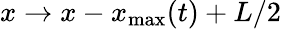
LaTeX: x\to x-x_{\operatorname*{max}}(t)+L/2